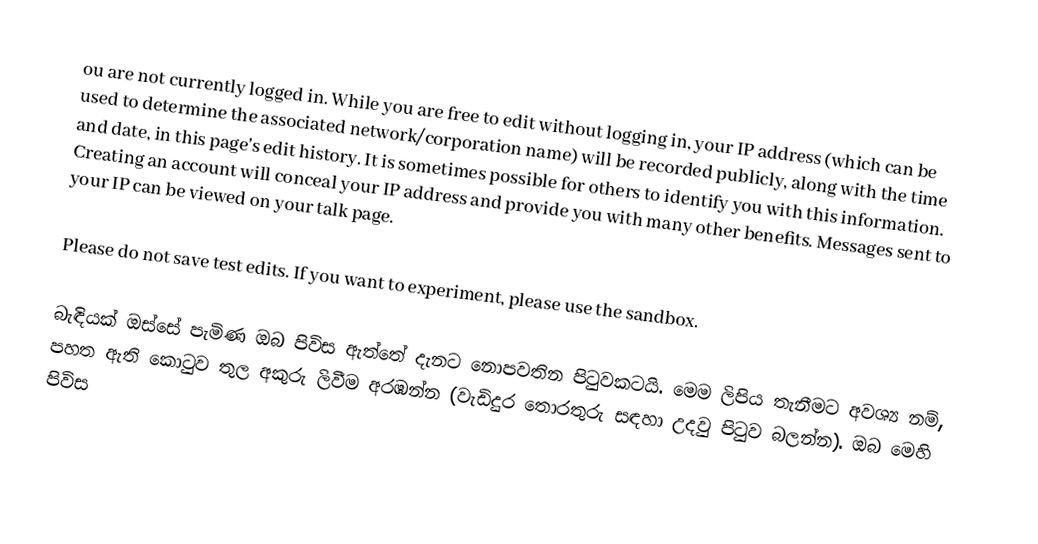
ou are not currently logged in. While you are free to edit without logging in, your IP address (which can be used to determine the associated network/corporation name) will be recorded publicly, along with the time and date, in this page's edit history. It is sometimes possible for others to identify you with this information. Creating an account will conceal your IP address and provide you with many other benefits. Messages sent to your IP can be viewed on your talk page.

Please do not save test edits. If you want to experiment, please use the sandbox.

බැඳියක් ඔස්සේ පැමිණ ඔබ පිවිස ඇත්තේ දැනට නොපවතින පිටුවකටයි. මෙම ලිපිය තැනීමට අවශ්‍ය නම්, පහත ඇති කොටුව තුල අකුරු ලිවීම අරඹන්න (වැඩිදුර තොරතුරු සඳහා උදවු පිටුව බලන්න). ඔබ මෙහි පිවිස